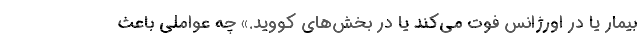
بیمار یا در اورژانس فوت می‌کند یا در بخش‌های کووید.» چه عواملی باعث